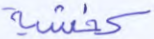
كخشية